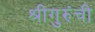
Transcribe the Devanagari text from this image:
श्रीगुरुंंची